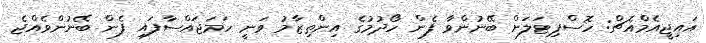
އައިޖީއެމްއެޗް: ހޮސްޕިޓަލަށް ބޭނުންވާ ފެން ހޯދުމުގެ އިންތިޒާމު ވަނީ ހަމަޖައްސާފައި ފެން ބޭނުންވެއްޖެ